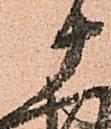
十